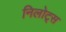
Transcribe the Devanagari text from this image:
निलोट्स